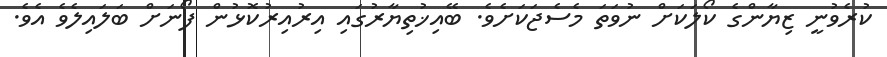
ކުރެވުނީ ޒިޔާންގެ ކޯލަކަށް ނުވަތަ މެސެޖަކަށެވެ. ބޭއިޚުތިޔާރުގައި އިރުއިރުކޮޅުން ފޯނަށް ބަލައިލެވެ އެވެ.